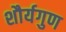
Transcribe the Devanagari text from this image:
शौर्यगुण